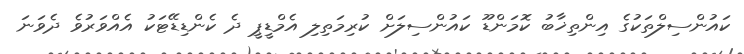
ކައުންސިލްތަކުގެ އިންތިޚާބު ކޮމަންޑޫ ކައުންސިލަށް ކުރިމަތިލި އެމްޑީޕީ ދެ ކެންޑިޑޭޓަކު އެއްވަރުވެ ދެވަނަ